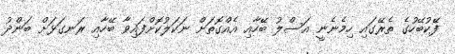
ފޭކުބޭހުގެ ތެރޭގައި ހިމެނެނީ އަސްލު ބޭހާއި އެއްގޮތަށް ނަކަލުކޮށްފައިވާ ބޭހާއި ރަނގަޅަށް ބަންދު